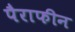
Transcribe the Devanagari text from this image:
पैराफीन